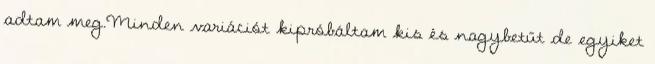
adtam meg.Minden variációt kipróbáltam kis és nagybetűt de egyiket